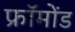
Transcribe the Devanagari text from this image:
फ्रॉमोंड